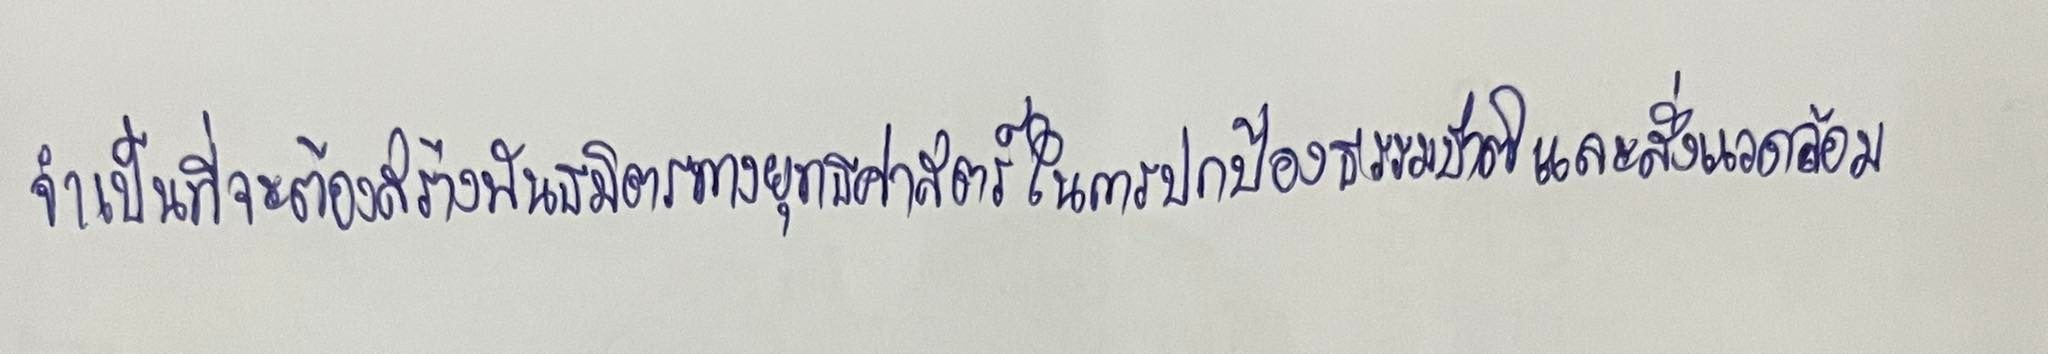
จำเป็นที่จะต้องสร้างพันธมิตรทางยุทธศาสตร์ในการปกป้องธรรมชาติและสิ่งแวดล้อม